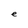
Character: e